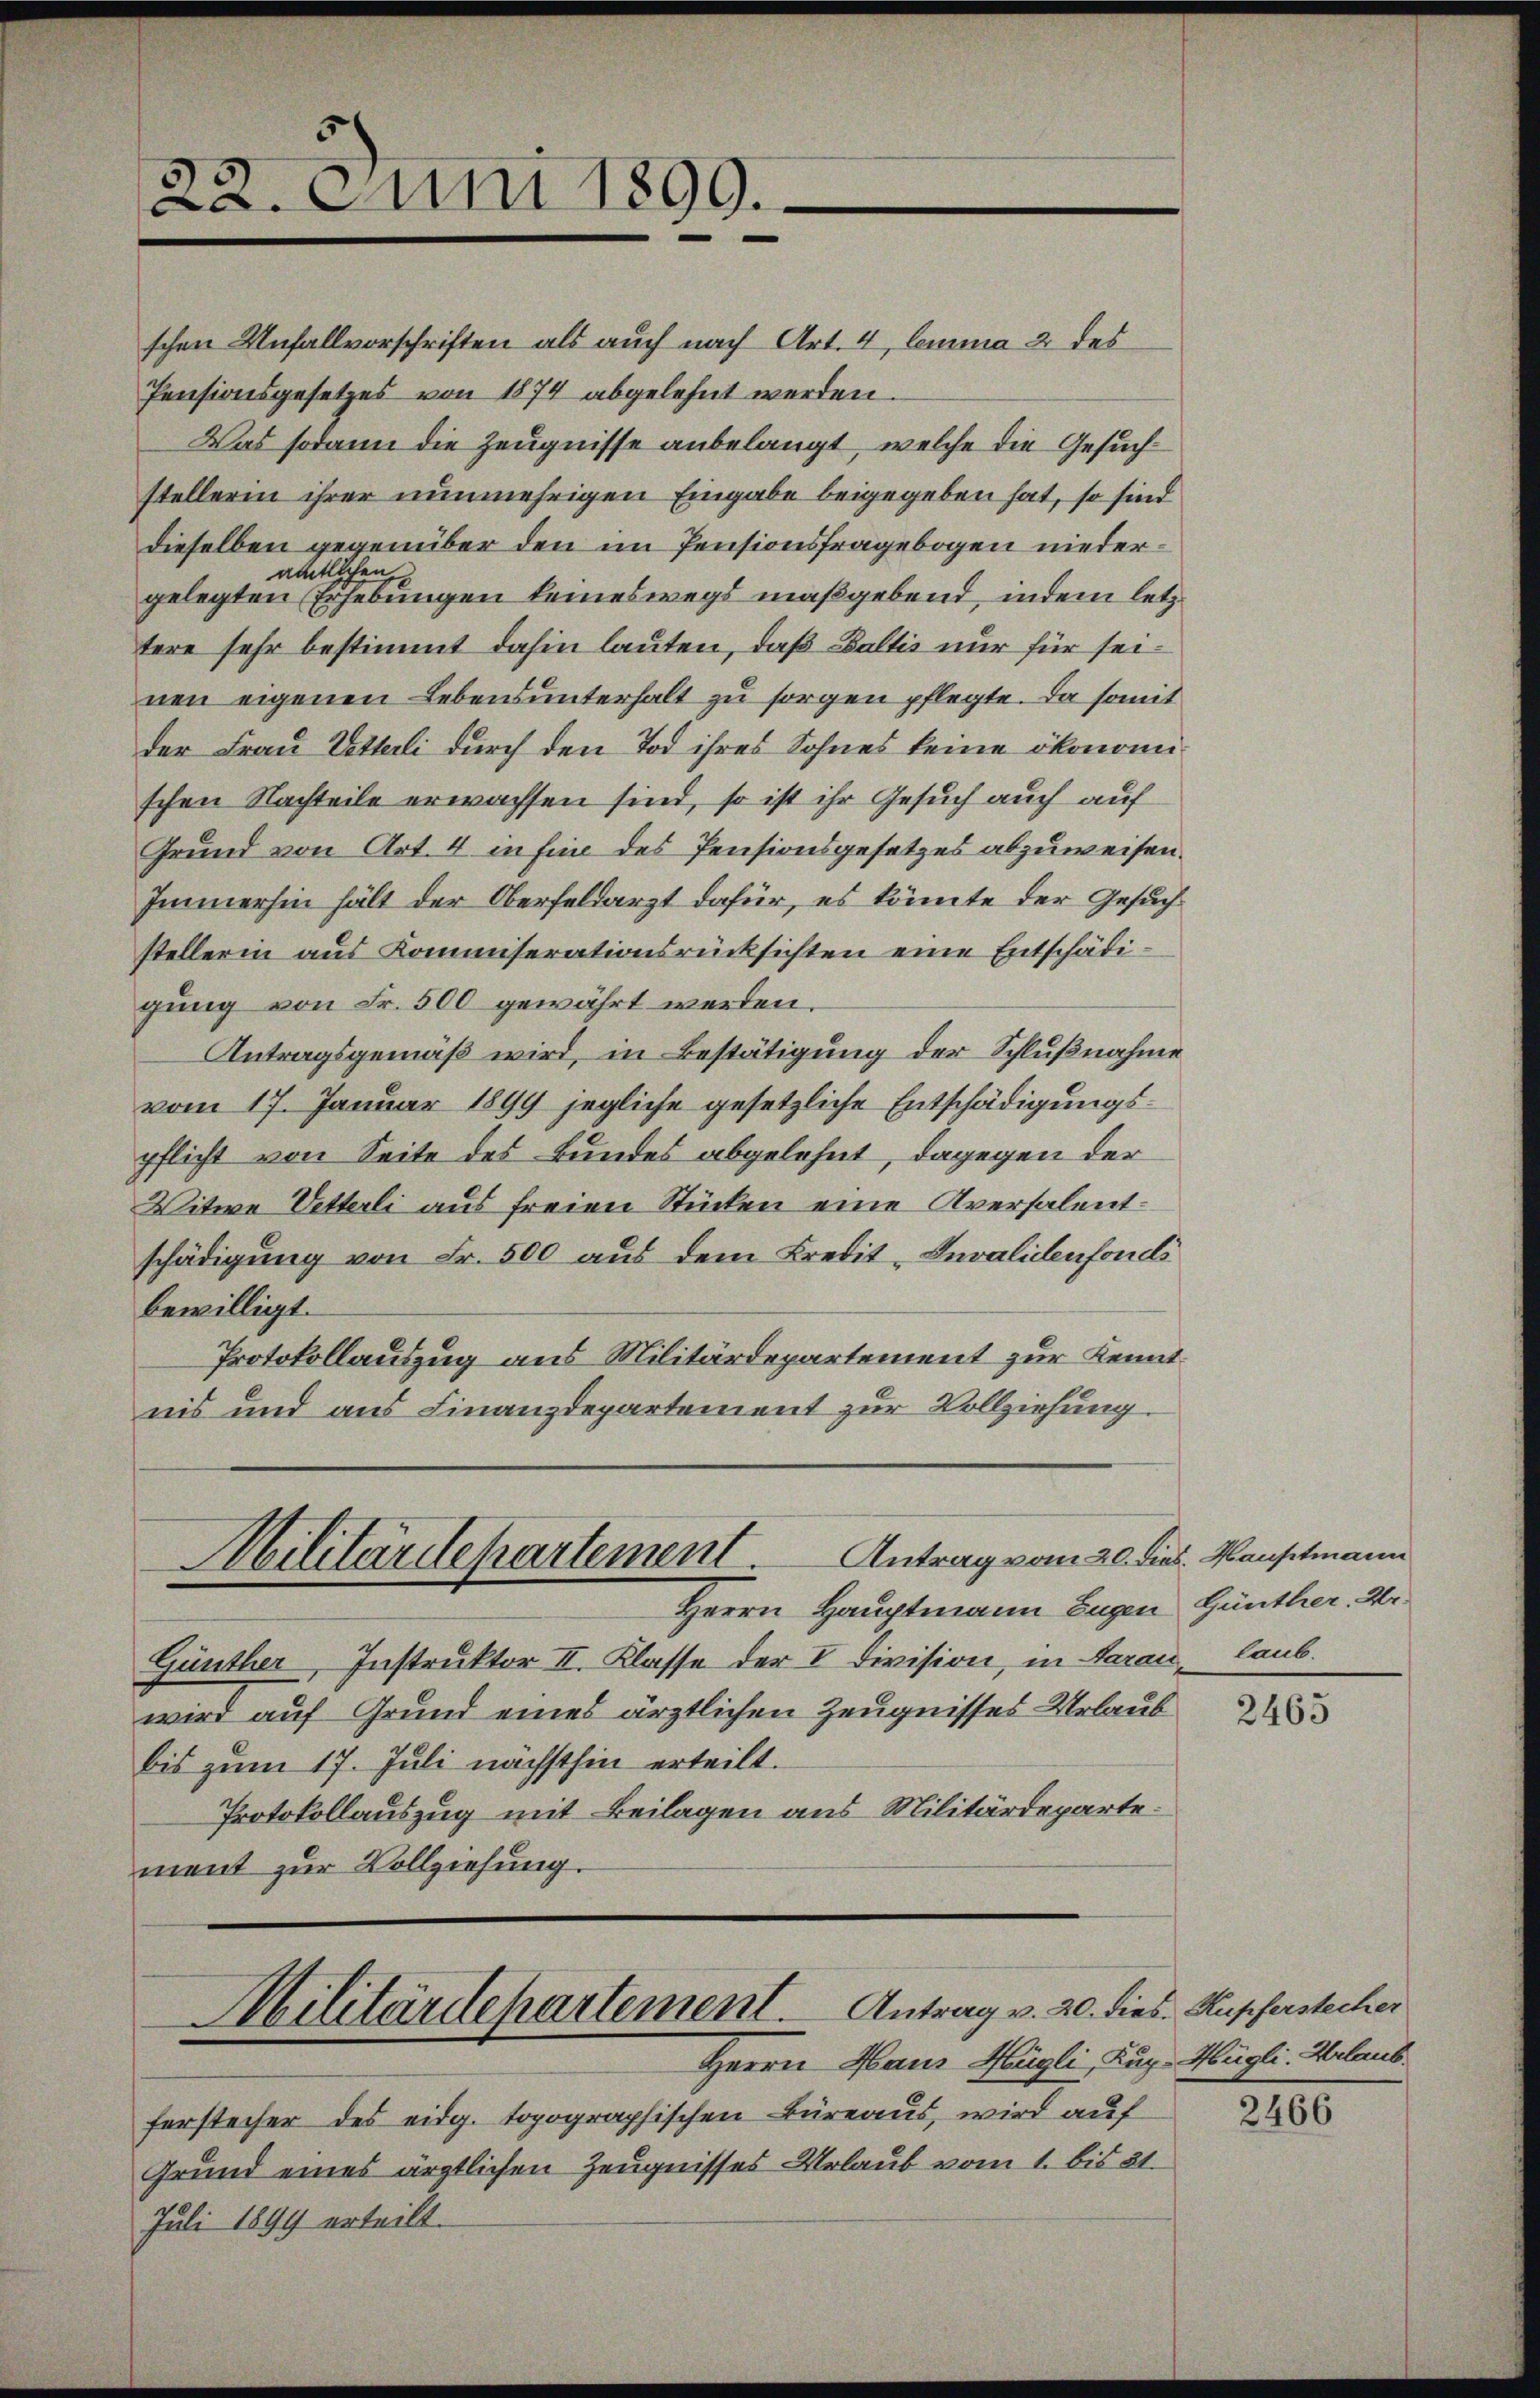
22. Juni 1899.

Antrag vom 20. dies. Hauptmann
Militärdepartement.
Herrn Hauptmann Eugen Günther. We

schen Unfallvorschriften als auch nach Art. 4 lemma 2 des
Pensionsgesetzes von 1874 abgelehnt werden.
Was sodann die Zeugnisse anbelangt, welche die Gesuchstellerin ihrer nunmehrigen Eingabe beigegeben hat, so sind
dieselben gegenüber den im Pensionsfragebogen niederamtlichen
gelegten Erhebungen keineswegs maßgebend, indem letz
tere sehr bestimmt dahin lauten, daß Baltis nur für seinen eigenen Lebensunterhalt zu sorgen pflegte. Da somit
der Frau Vetterli durch den Tod ihres Sohnes keine ökonomischen Nachteile erwachsen sind, so ist ihr Gesuch auch auf
Grund von Art. 4 in fine des Pensionsgesetzes abzuweisen.
Immerhin hält der Oberfeldarzt dafür, es könnte der Gesuch
stellerin aus Kommiserationsrücksichten eine Entschädigung von Fr. 500 gewährt werden.
Antragsgemäß wird, in Bestätigung der Schlußnahme
vom 17. Januar 1899 jegliche gesetzliche Entschädigungspflicht von Seite des Bundes abgelehnt, dagegen der
Witwe Vetterli aus freien Stücken eine Aversalentschädigung von Fr. 500 aus dem Kredit-Invalidenfonds
bewilligt.
Protokollauszug aus Militärdepartement zur Kenntnis und aus Finanzdepartement zur Vollziehung.

Militärdepartement. Antrag v. 20. dies. Kupferstecher

Günther, Instruktor II. Klasse der V Division, in daran, laub.
wird auf Grund eines ärztlichen Zeugnisses Urlaub
bis zum 17. Juli nächsthin erteilt.
Protokollauszug mit Beilagen aus Militärdeparte.
ment zur Vollziehung.

Herrn Haus Hügli, Kug- Hügli- Urlaub
ferstecher des eidg. topographischen Büreaus, wird auf
Grund eines ärztlichen Zeugnisses Urlaub vom 1. bis 21.
Juli 1899 erteilt.

2465

2466